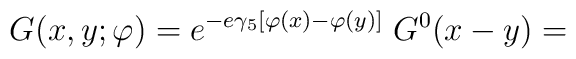
G(x,y;\varphi) = e^{-e \gamma_5 [ \varphi(x) - \varphi(y) ] } \; G^0 (x-y) =